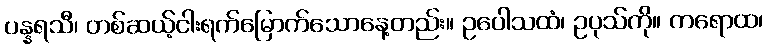
ပန္နရသီ၊ တစ်ဆယ့်ငါးရက်မြောက်သောနေ့တည်း။ ဥပေါသထံ၊ ဥပုသ်ကို။ ကရောထ၊